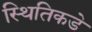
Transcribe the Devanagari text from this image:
स्थितिकडे